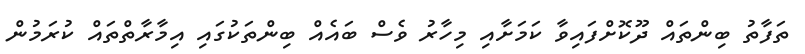
ތަފާތު ބިންތައް ދޫކޮށްފައިވާ ކަމަށާއި މިހާރު ވެސް ބައެއް ބިންތަކުގައި އިމާރާތްތައް ކުރަމުން